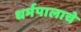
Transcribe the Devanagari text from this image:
धर्मपालाचे